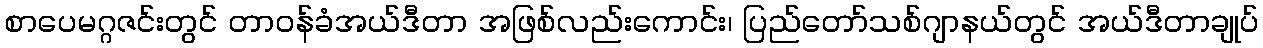
စာပေမဂ္ဂဇင်းတွင် တာဝန်ခံအယ်ဒီတာ အဖြစ်လည်းကောင်း၊ ပြည်တော်သစ်ဂျာနယ်တွင် အယ်ဒီတာချုပ်